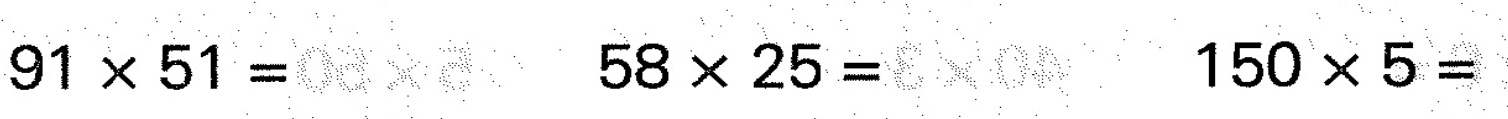
$$9 1 \times5 1 =$$ $$5 8 \times 2 5 =$$ $$1 5 0 \times 5 =$$